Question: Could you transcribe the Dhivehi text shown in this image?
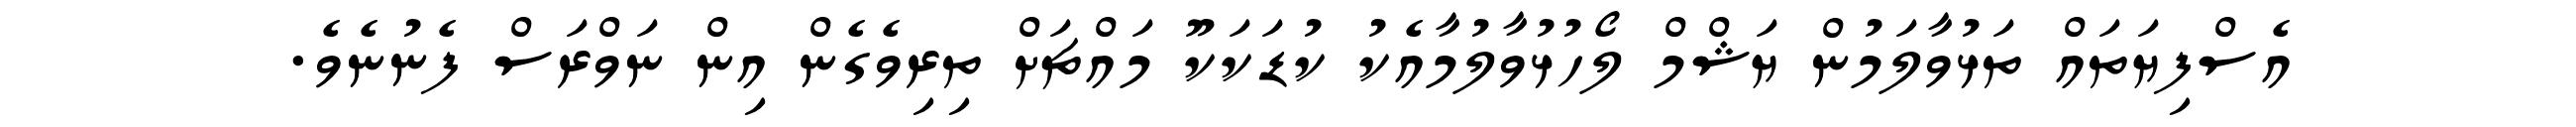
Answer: އެސްފިޔަތައް ތަޅުވާލަމުން ޔަޝްމް ލޯހުޅުވާލުމާއެކު ކުޑަކަކޫ މައްޗަށް ތިރިވެގެން އިން ނަވްރަސް ފެނުނެވެ.